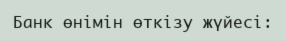
Банк өнімін өткізу жүйесі: